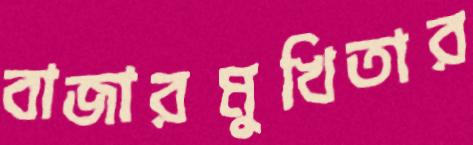
বাজারমুখিতার